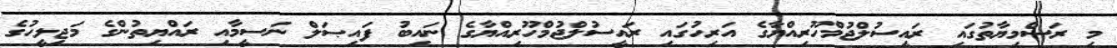
މި ރަސްމިޔާތުގައި ރައީސުލްޖުމްހޫރިއްޔާގެ އަރިހުގައި ރައީސުލްޖުމްހޫރިއްޔާގެ ނައިބު ފައިޞަލް ނަސީމާއި ރައްޔިތުންގެ މަޖިލީހުގެ